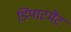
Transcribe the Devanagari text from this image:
डिपाटमेंट